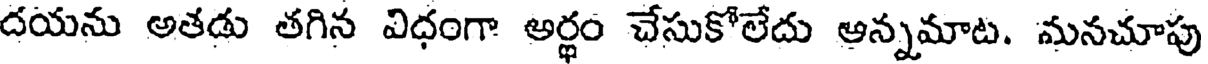
దయను అతడు తగిన విధంగా అర్థం చేసుకోలేదు అన్నమాట. మనచూపు